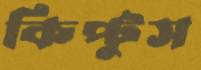
কিপ্টুস